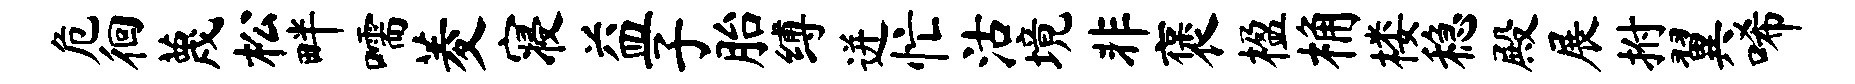
危徊蔑松畔嚅菱寝益子胎缚迸忙沽境非褒楹桷楼稳殿展拊翼唏